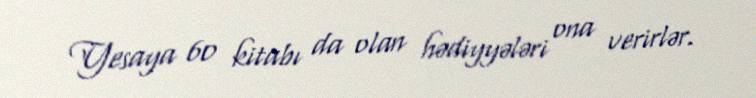
Yesaya 60 kitabı da olan hədiyyələri ona verirlər.